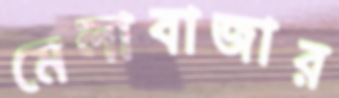
মেলাবাজার